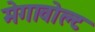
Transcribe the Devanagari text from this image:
मेगावोल्ट